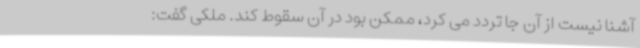
آشنا نیست از آن جا تردد می کرد، ممکن بود در آن سقوط کند. ملکی گفت: